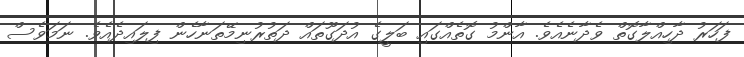
ފަހަރު ދާހިއްލާގޮތް ވެދާނެއެވެ. އާންމު ގޮތެއްގައި ބަލީގެ އުދަގޫތައް ދަތުރުނިމޭތަނާހެން ފިލައިދެއެވެ. ނަމަވެސް